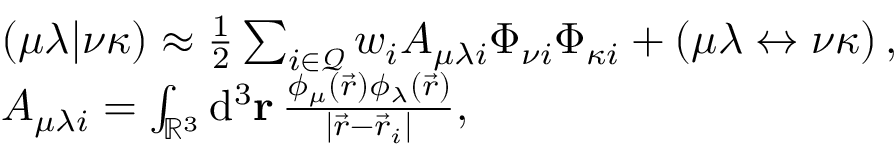
\begin{array} { r l } & { ( \mu \lambda \vert \nu \kappa ) \approx \frac { 1 } { 2 } \sum _ { i \in \mathcal { Q } } w _ { i } A _ { \mu \lambda i } \Phi _ { \nu i } \Phi _ { \kappa i } + ( \mu \lambda \leftrightarrow \nu \kappa ) \, , } \\ & { A _ { \mu \lambda i } = \int _ { \mathbb { R } ^ { 3 } } \mathrm { d } ^ { 3 } \ensuremath \mathbf { r } \, \frac { \phi _ { \mu } ( \vec { r } ) \phi _ { \lambda } ( \vec { r } ) } { \vert \vec { r } - \vec { r } _ { i } \vert } , } \end{array}